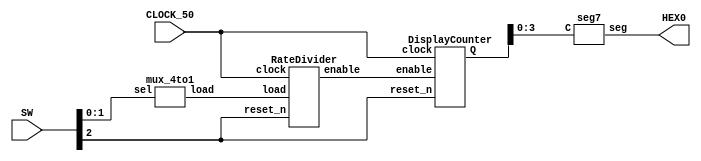
`timescale 1ns/1ns


module Part2 (input[2:0] SW, input CLOCK_50 , output[6:0] HEX0);
	wire[26:0] W1;
	wire W2;
	wire[4:0] W3;
	wire clk;
	assign clk = CLOCK_50;
	
	mux_4to1 U1(.sel(SW[1:0]), .load(W1));
	RateDivider U2(.load(W1), .clock(clk), .reset_n(SW[2]), .enable(W2));
	DisplayCounter U3(.enable(W2), .clock(clk), .reset_n(SW[2]), .Q(W3));
	seg7 H0(.C(W3[3:0]), .seg(HEX0)); 
endmodule

module mux_4to1(sel, load);
	input[1:0] sel;
	output[26:0] load;
	reg[26:0] load;
	parameter Hz_full = 27'd0;
	parameter Hz_2 = 27'd24_999_999;
	parameter Hz_1 = 27'd49_999_999;
	parameter Hz_05 = 27'd99_999_999;
	
	
	always@(*)
	begin
		case(sel)
			2'b00: load = Hz_full;
			2'b01: load = Hz_2;
			2'b10: load = Hz_1;
			2'b11: load = Hz_05;
			default: load = 27'd0;
		endcase
	end
endmodule


module RateDivider(load, clock, reset_n, enable);
	input[26:0] load;
	input clock, reset_n;
	output enable;
	reg[26:0] Q;
	
	always@(posedge clock, negedge reset_n)
	begin
		if(reset_n == 1'b0)
			Q <= 27'd0;	
		else if(Q == load)
			Q <= 27'd0;
		else
			Q <= Q + 27'd1;
	end
	
	assign enable = (Q == 27'd0)?1'b1:1'b0;
endmodule


module DisplayCounter(enable, clock, reset_n, Q);	
	input enable, clock, reset_n;
	output[4:0] Q;
	reg[4:0] Q;
	
	always@(posedge clock, negedge reset_n)
	begin
		if(reset_n == 1'b0)
			Q <= 5'd0;	
		else if(Q == 5'b10000)
			Q <= 5'd0;
		else if(enable) 
			Q <= Q + 5'd1;	
	end
endmodule


module seg7(C, seg);
	input[3:0] C;
	output[6:0] seg;
	
	assign seg[0] = (~C[3]&~C[2]&~C[1]&C[0])|
						  (~C[3]&C[2]&~C[1]&~C[0])|
						  (C[3]&~C[2]&C[1]&C[0])|
						  (C[3]&C[2]&~C[1]&C[0]);
						  
	assign seg[1] = (~C[3]&C[2]&~C[1]&C[0])|
						  (~C[3]&C[2]&C[1]&~C[0])|
						  (C[3]&~C[2]&C[1]&C[0])|
						  (C[3]&C[2]&~C[1]&~C[0])|
						  (C[3]&C[2]&C[1]&~C[0])|
						  (C[3]&C[2]&C[1]&C[0]);
						  
	assign seg[2] = (~C[3]&~C[2]&C[1]&~C[0])|
						  (C[3]&C[2]&~C[1]&~C[0])|
						  (C[3]&C[2]&C[1]&~C[0])|
						  (C[3]&C[2]&C[1]&C[0]);
						  
	assign seg[3] = (~C[3]&~C[2]&~C[1]&C[0])|
						  (~C[3]&C[2]&~C[1]&~C[0])|
						  (~C[3]&C[2]&C[1]&C[0])|
						  (C[3]&~C[2]&C[1]&~C[0])|
						  (C[3]&C[2]&C[1]&C[0]);
						  
	assign seg[4] = (~C[3]&~C[2]&~C[1]&C[0])|
						  (~C[3]&~C[2]&C[1]&C[0])|
						  (~C[3]&C[2]&~C[1]&~C[0])|
						  (~C[3]&C[2]&~C[1]&C[0])|
						  (~C[3]&C[2]&C[1]&C[0])|
						  (C[3]&~C[2]&~C[1]&C[0]);
						  
	assign seg[5] = (~C[3]&~C[2]&~C[1]&C[0])|
						  (~C[3]&~C[2]&C[1]&~C[0])|
						  (~C[3]&~C[2]&C[1]&C[0])|
						  (~C[3]&C[2]&C[1]&C[0])|
						  (C[3]&C[2]&~C[1]&C[0]);
						  
	assign seg[6] = (~C[3]&~C[2]&~C[1]&~C[0])|
						  (~C[3]&~C[2]&~C[1]&C[0])|
						  (~C[3]&C[2]&C[1]&C[0])|
						  (C[3]&C[2]&~C[1]&~C[0]);
endmodule